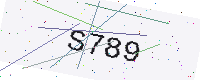
Text: S789